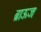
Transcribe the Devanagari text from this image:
ब्राऊज